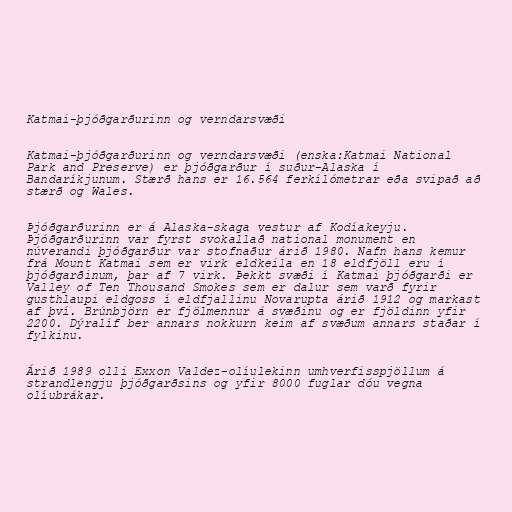
Katmai-þjóðgarðurinn og verndarsvæði

Katmai-þjóðgarðurinn og verndarsvæði (enska:Katmai National
Park and Preserve) er þjóðgarður í suður-Alaska í
Bandaríkjunum. Stærð hans er 16.564 ferkílómetrar eða svipað að
stærð og Wales.

Þjóðgarðurinn er á Alaska-skaga vestur af Kodíakeyju.
Þjóðgarðurinn var fyrst svokallað national monument en
núverandi þjóðgarður var stofnaður árið 1980. Nafn hans kemur
frá Mount Katmai sem er virk eldkeila en 18 eldfjöll eru í
þjóðgarðinum, þar af 7 virk. Þekkt svæði í Katmai þjóðgarði er
Valley of Ten Thousand Smokes sem er dalur sem varð fyrir
gusthlaupi eldgoss í eldfjallinu Novarupta árið 1912 og markast
af því. Brúnbjörn er fjölmennur á svæðinu og er fjöldinn yfir
2200. Dýralíf ber annars nokkurn keim af svæðum annars staðar í
fylkinu.

Árið 1989 olli Exxon Valdez-olíulekinn umhverfisspjöllum á
strandlengju þjóðgarðsins og yfir 8000 fuglar dóu vegna
olíubrákar.